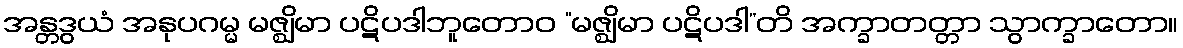
အန္တဒွယံ အနုပဂမ္မ မဇ္ဈိမာ ပဋိပဒါဘူတောဝ “မဇ္ဈိမာ ပဋိပဒါ”တိ အက္ခာတတ္တာ သွာက္ခာတော။